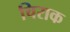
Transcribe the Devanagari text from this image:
चिराक